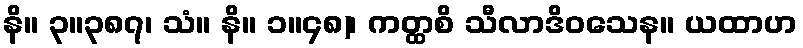
နိ။ ၃။၃၈၇၊ သံ။ နိ။ ၁။၄၈)၊ ကတ္ထစိ သီလာဒိဝသေန။ ယထာဟ